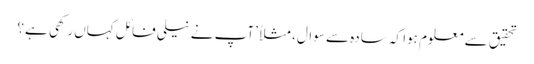
تحقیق سے معلوم ہوا کہ سادہ سے سوال، مثلاً ’آپ نے نیلی فائل کہاں رکھی ہے؟